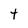
Character: t